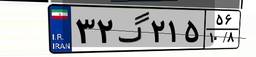
۳۲گ۲۱۵۵۶